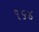
૧૬૪